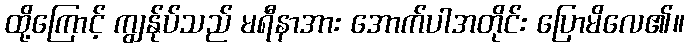
ထို့ကြောင့် ကျွန်ုပ်သည် မရီနာအား အောက်ပါအတိုင်း ပြောမိလေ၏။